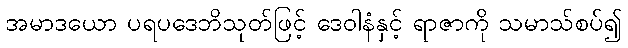
အမာဒယော ပရပဒေဘိသုတ်ဖြင့် ဒေဝါနံနှင့် ရာဇာကို သမာသ်စပ်၍